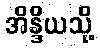
အိန္ဒိယသို့